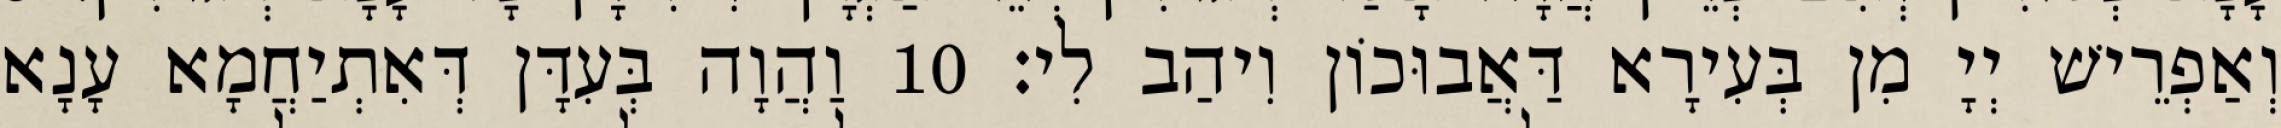
וְאַפְרֵישׁ יְיָ מִן בְּעִירָא דַּאֲבוּכוֹן וִיהַב לִי׃ 10 וַהֲוָה בְּעִדָּן דְּאִתְיַחֲמָא עָנָא